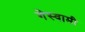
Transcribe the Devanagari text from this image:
गेस्वामी